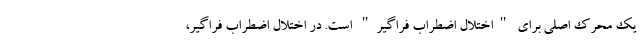
یک محرک اصلی برای "اختلال اضطراب فراگیر" است. در اختلال اضطراب فراگیر،